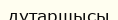
дутаршысы